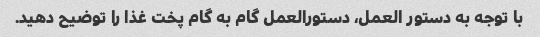
با توجه به دستور العمل، دستورالعمل گام به گام پخت غذا را توضیح دهید.